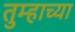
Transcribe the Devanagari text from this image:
तुम्हाच्या